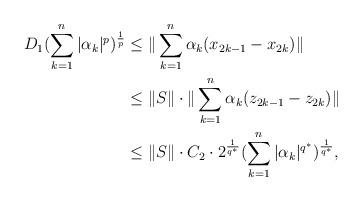
LaTeX: \begin{align*}D_{1}(\sum_{k=1}^{n}|\alpha_{k}|^{p})^{\frac{1}{p}}&\leq \|\sum_{k=1}^{n}\alpha_{k}(x_{2k-1}-x_{2k})\|\\&\leq \|S\|\cdot \|\sum_{k=1}^{n}\alpha_{k}(z_{2k-1}-z_{2k})\|\\&\leq \|S\|\cdot C_{2}\cdot 2^{\frac{1}{q^{*}}}(\sum_{k=1}^{n}|\alpha_{k}|^{q^{*}})^{\frac{1}{q^{*}}},\end{align*}